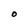
Character: O